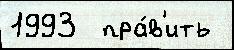
1993  пра́в'ить